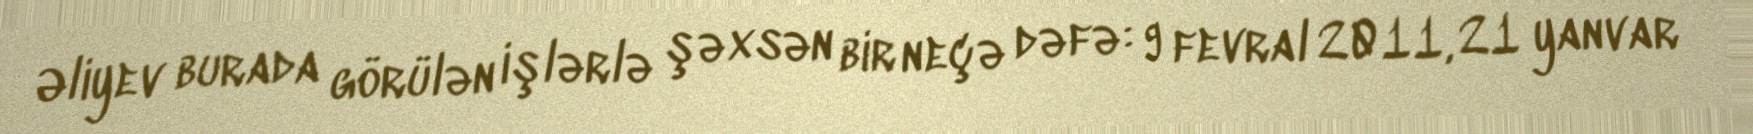
Əliyev burada görülən işlərlə şəxsən bir neçə dəfə: 9 fevral 2011, 21 yanvar